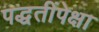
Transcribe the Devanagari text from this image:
पद्धतींपेक्षा